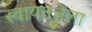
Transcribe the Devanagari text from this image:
स्वायतत्तेला